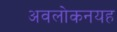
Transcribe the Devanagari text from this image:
अवलोकनयह